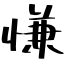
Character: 慊